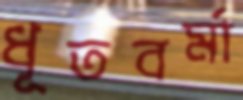
ধূতবর্মা